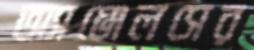
অ্যাঞ্জেলসের